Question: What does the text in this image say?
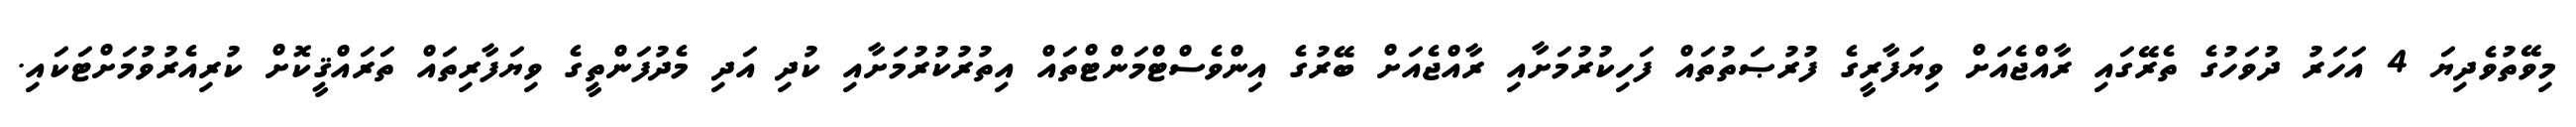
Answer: މިވޭތުވެދިޔަ 4 އަހަރު ދުވަހުގެ ތެރޭގައި ރާއްޖެއަށް ވިޔަފާރީގެ ފުރުޞަތުތައް ފަހިކުރުމަށާއި ރާއްޖެއަށް ބޭރުގެ އިންވެސްޓްމަންޓްތައް އިތުރުކުރުމަށާއި ކުދި އަދި މެދުފަންތީގެ ވިޔަފާރިތައް ތަރައްޤީކޮށް ކުރިއެރުވުމަށްޓަކައި.